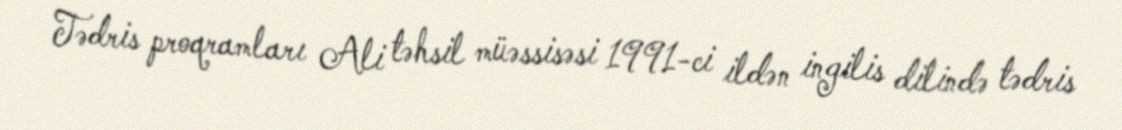
Tədris proqramları Ali təhsil müəssisəsi 1991-ci ildən ingilis dilində tədris